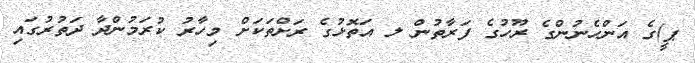
ޕީ)ގެ އަންހެނުންގެ ރޫހުގެ ފަރާތުން ލ އަތޮޅުގެ ރަށްތަކަށް މިހާރު ކުރަމުންދާ ދަތުރުގައި